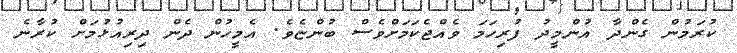
ކުރަމުން ގެންދާ އުންމީދު ފުރިހަމަ ވެއްޖެކަމަށްވެސް ބުންޏެވެ. އެމީހުން ދެން ދިރިއުޅުމަށް ކުރާނެ